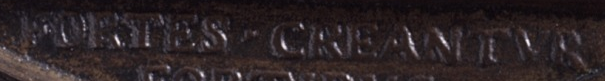
PORTES·CREANTVR